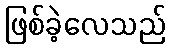
ဖြစ်ခဲ့လေသည်